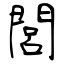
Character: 閭